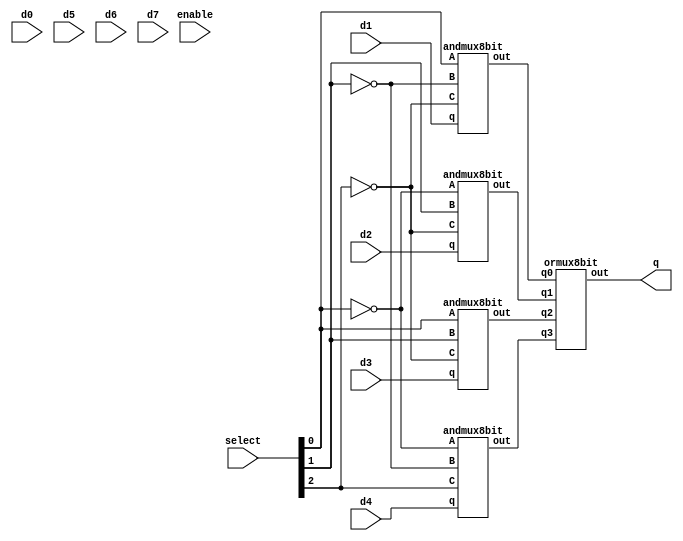
module mux8(q,select, d0,d1,d2,d3,d4,d5,d6,d7,enable);
input enable;
input wire [3:0] select;
input[7:0] d0,d1,d2,d3,d4,d5,d6,d7;
output     [7:0]q;
	
wire NOTselect0, NOTselect1,NotSelect2;
wire  [7:0] q, q0,q1, q2, q3, q4,q5,q6,q7;


not n0( NOTselect0, select[0] );
not n1( NOTselect1, select[1] );
not n2( NOTselect2, select[2] );

andmux8bit and0( q0, NOTselect0, NOTselect1,NOTselect2, d0  );
andmux8bit and1( q1,  select[0], NOTselect1,NOTselect2, d1  );
andmux8bit and2( q2, NOTselect0,  select[1],NOTselect2, d2  );
andmux8bit and3( q3,  select[0],  select[1],NOTselect2, d3  );
andmux8bit and4( q4, NOTselect0, NOTselect1,select[2], d4  );
andmux8bit and5( q5,  select[0], NOTselect1,select[2], d5  );
andmux8bit and6( q6, NOTselect0,  select[1],select[2], d6  );
andmux8bit and7( q7,  select[0],  select[1],select[2], d7  );


ormux8bit or1( q, q1, q2, q3, q4 );

endmodule

module andmux8bit(out,A,B,C,q);
input A,B,C;
input [7:0]q;
output wire [7:0] out;

and and0(out[0],A,B,C,q[0]);
and and1(out[1],A,B,C,q[1]);
and and2(out[2],A,B,C,q[2]);
and and3(out[3],A,B,C,q[3]);
and and4(out[4],A,B,C,q[4]);
and and5(out[5],A,B,C,q[5]);
and and6(out[6],A,B,C,q[6]);
and and7(out[7],A,B,C,q[7]);
endmodule

module ormux8bit(out,q0,q1,q2,q3,q4,q5,q7);
input [7:0]q0,q1,q2,q3,q4,q5,q7;
output wire [7:0] out;

or or0(out[0],q0[0],q1[0],q2[0],q3[0],q4[0],q5[0],q7[0]);
or or1(out[1],q0[1],q1[1],q2[1],q3[1],q4[1],q5[1],q7[1]);
or or2(out[2],q0[2],q1[2],q2[2],q3[2],q4[2],q5[2],q7[2]);
or or3(out[3],q0[3],q1[3],q2[3],q3[3],q4[3],q5[3],q7[3]);
or or4(out[4],q0[4],q1[4],q2[4],q3[4],q4[4],q5[4],q7[4]);
or or5(out[5],q0[5],q1[5],q2[5],q3[5],q4[5],q5[5],q7[5]);
or or6(out[6],q0[6],q1[6],q2[6],q3[6],q4[6],q5[6],q7[6]);
or or7(out[7],q0[7],q1[7],q2[7],q3[7],q4[7],q5[7],q7[7]);
endmodule